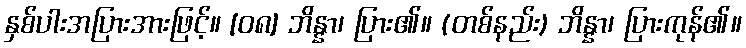
နှစ်ပါးအပြားအားဖြင့်။ [၀၈] ဘိန္နာ၊ ပြား၏။ (တစ်နည်း) ဘိန္နာ၊ ပြားကုန်၏။